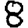
Digit: 8